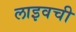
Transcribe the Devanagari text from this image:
लाइवची